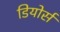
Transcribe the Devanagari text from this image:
डियोर्स